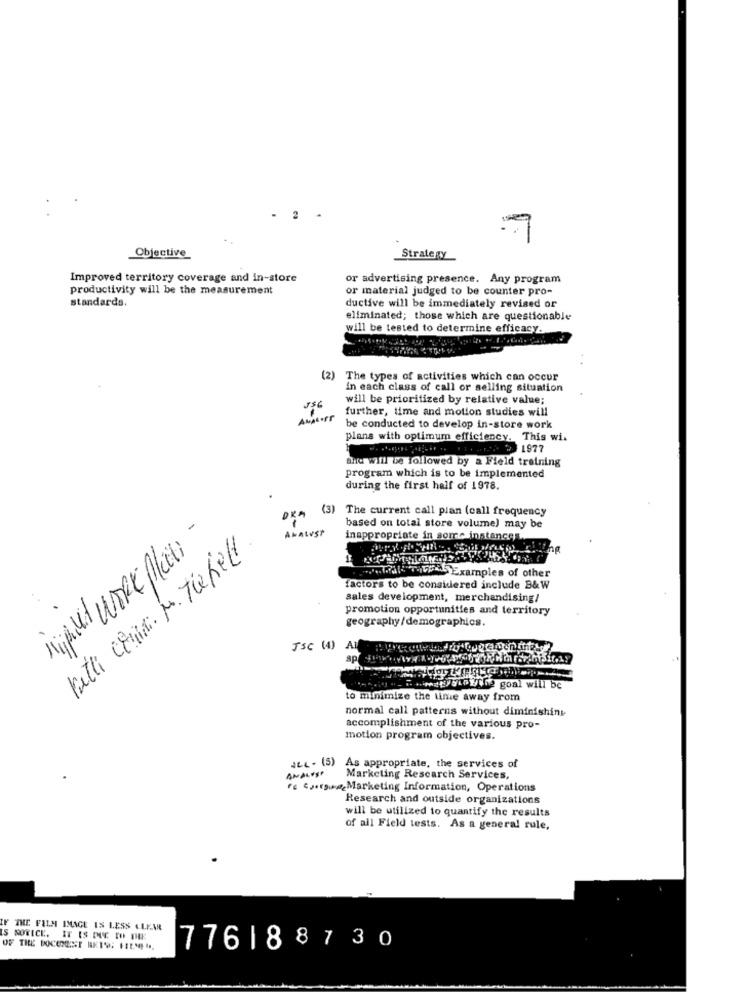
Objective
Strategy
Improved territory coverage and in-store
or advertising presence. Any program
productivity will be the measurement
or material judged to be counter pro-
standards.
ductive will be immediately revised or
eliminated; those which are questionable
will be tested to determine efficacy.
(2)
The types of activities which can occur
in each class of call or selling situation
will be prioritized by relative value;
J$6
further, time and motion studies will
be conducted to develop in-store work
plans with optimum efficiency. This wi.
9 1977
aha will be followed by a Field training
program which is to be implemented
during the first half of 1978.
(3)
The current call plan (call frequency
Analyst
based on total store volume) may be
Difullt WORK Places -
inappropriate in some instances.
Pitti Coni. M. Tiefelt
175Examples of other
factors to be considered include B&W
sales development, merchandising/
promotion opportunities and territory
geography/demographics.
JSC (4) Al
goal will be
to minimize the time away from
normal call patterns without diminishing
accomplishment of the various pro-
motion program objectives.
JeL . (5) As appropriate, the services of
ANALYST
Marketing Research Services,
Fc Coursing Marketing Information, Operations
Research and outside organizations
will be utilized to quantify the results
of all Field tests. As a general rule,
IF THE FILM IMAGE IS LESS CLEAR
IS NOTICE. IT IS DUE TO PEE
OF THE DOCCEST BETS; FILMES.
776188730